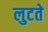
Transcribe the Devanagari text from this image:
लुटते